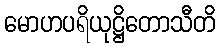
မောဟပရိယုဋ္ဌိတောသီတိ